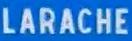
LARACHE